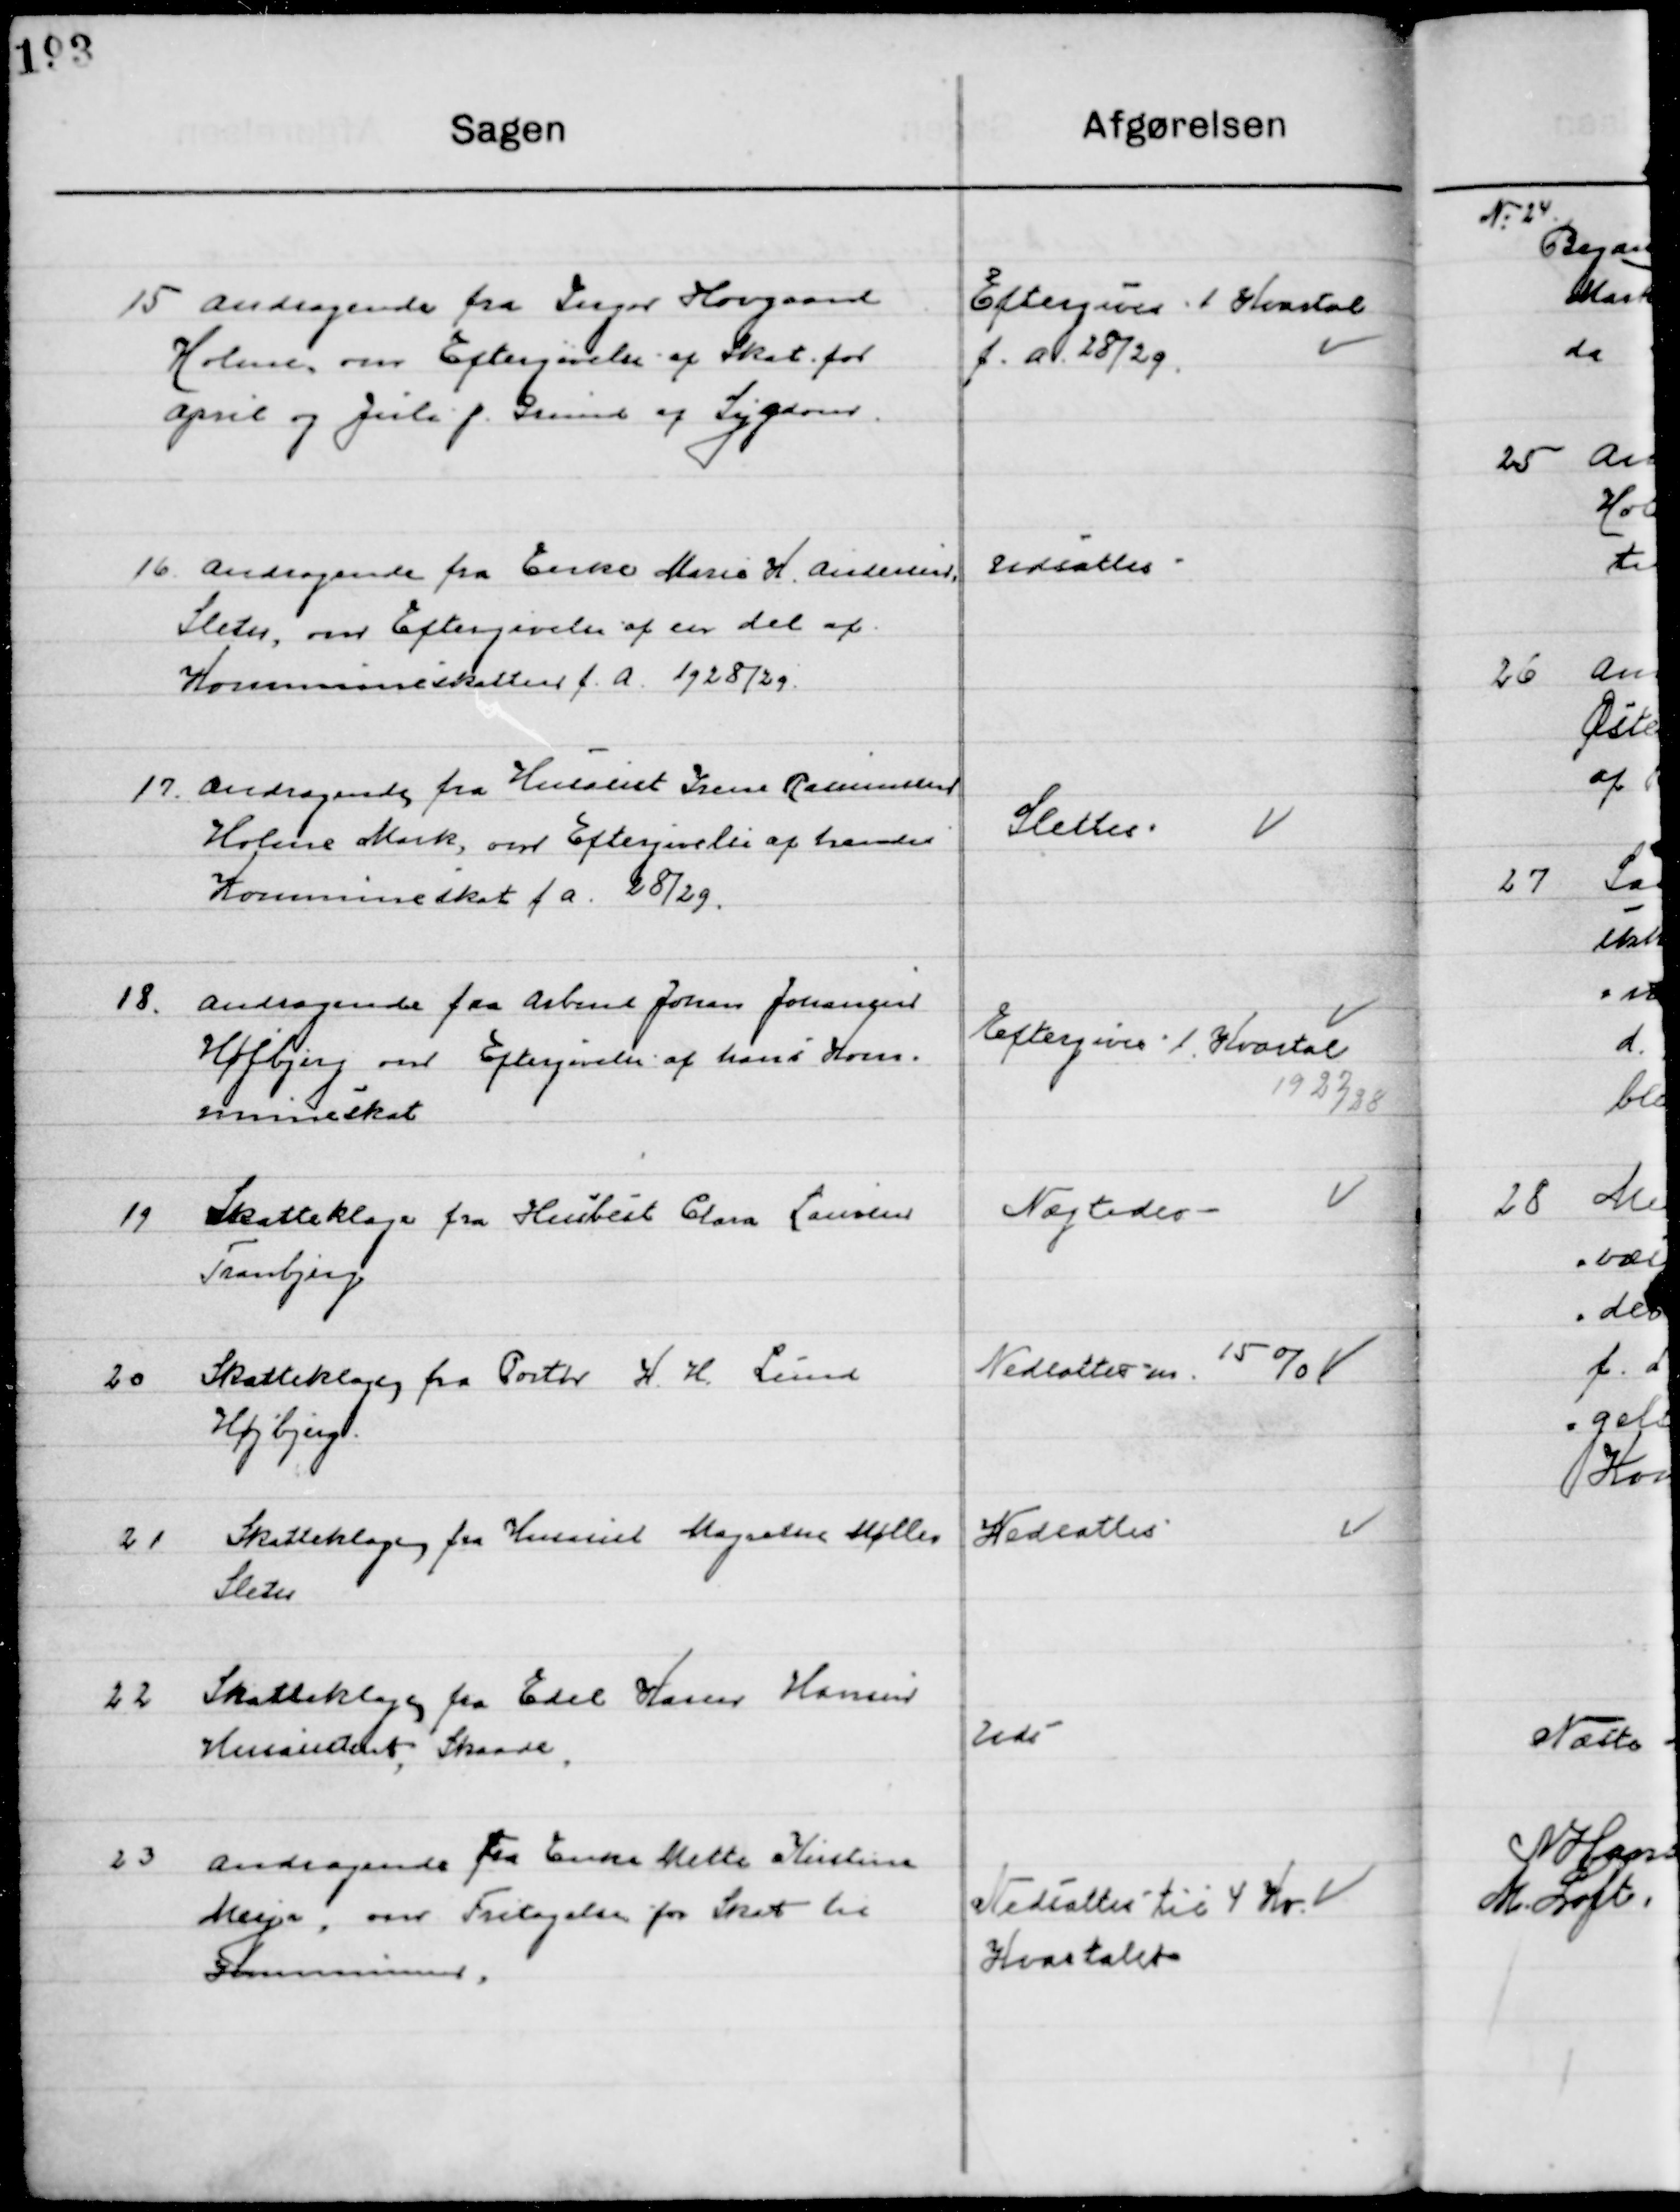
Transskription:
15

Andragende fra Inger Hovgaard
Holme, om Eftergivelse af Skat for 
April og Juli p. Grund af Sygdom.

Eftergives 1. Kvartal 
f. a. 28/29

16

Andragende fra Enke Marie H. Andersen
Sleth, om Eftergivelse af en del af
 Kommuneskatten f. a. 28/29

Udsættes

17

Andragende fra Husasist. Irene Rasmussen
Holme Mark, om Eftergivelse af hans
 Kommuneskat f. a. 28 / 29

Slettes

18

Andragende fra Arbmd. Johan Johansen
Højbjerg om Eftergivelse af hans Kom- 
muneskat

Eftergives 1. Kvartal

19

Skatteklagen fra Husasist. Clara Laursen
Tranbjerg.

Nægtes

20

Skatteklagen fra Portør K. K. Lind
Højbjerg.

Nedsættes m. 15 %

21

Skatteklagen fra Husasist. Margrethe Møller
Sleth.

Nedsættes

22

Skatteklagen fra Edel Karen Hansen 
Husassistent, Skaade.

Uds.

23

Andragende fra Enke Mette Kirstine
Myer, om Fritagelse for Skat til
Kommunen.

Nedsættes til 4 Kr.
Kvartalet